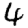
Digit: 4